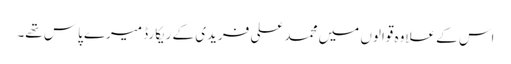
اس کے علاوہ قوالوں میں محمد علی فریدی کے ریکارڈ میرے پاس تھے۔